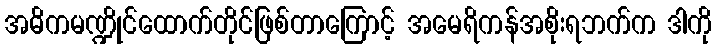
အဓိကမဏ္ဍိုင်ထောက်တိုင်ဖြစ်တာကြောင့် အမေရိကန်အစိုးရဘက်က ဒါကို